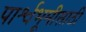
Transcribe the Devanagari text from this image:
पार्श्वभूमीसाठी